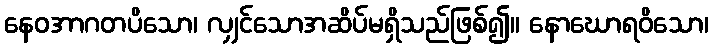
နေဝအာဂတပိသော၊ လျှင်သောအဆိပ်မရှိသည်ဖြစ်၍။ နောဃောရဝိသော၊